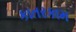
કાતરકામ